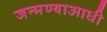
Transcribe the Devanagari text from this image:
जन्मण्याआधी